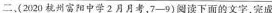
二(2020杭州富相中学2月月考，7-9)阅读下面的文字，完成